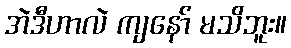
အဲဒီဟာလဲ ကျနော် မသိဘူး။